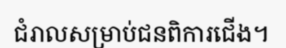
ជំរាលសម្រាប់ជនពិការជើង។